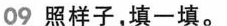
09 照样子，填一填。